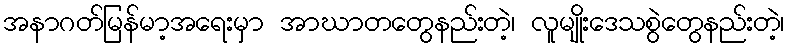
အနာဂတ်မြန်မာ့အရေးမှာ အာဃာတတွေနည်းတဲ့၊ လူမျိုးဒေသစွဲတွေနည်းတဲ့၊